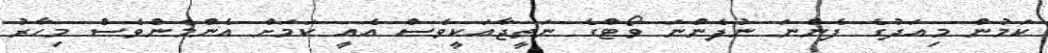
ކަމުން މިއަދުގެ ފެންނަ ނުފެންނަ ވޯޓްގެ ނަތީޖާއަކީވެސް އެއީ ކަމަށް އެންމެންވެސް މިހާރު